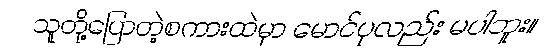
သူတို့ပြောတဲ့စကားထဲမှာ မောင်ပုလည်း မပါဘူး။